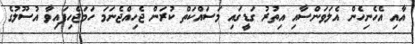
އާއި އެހެނިހެން އެލަވަންސާއި އިތުރު ގަޑީގައި މަސައްކަތް ކުރަން ޖެހިއްޖެނަމަ ހަމަޖެހިފައިވާ އުސޫލުގެ